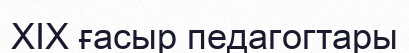
XIX ғасыр педагогтары